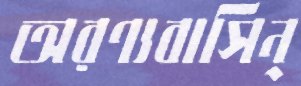
অরণ্যবাসিন্